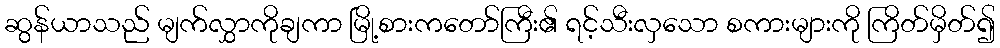
ဆွန်ယာသည် မျက်လွှာကိုချကာ မြို့စားကတော်ကြီး၏ ရင့်သီးလှသော စကားများကို ကြိတ်မှိတ်၍